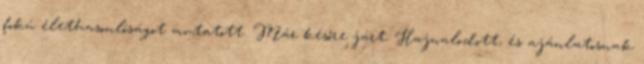
fokú élethasonlóságot mutatott. Már későre járt. Hajnalodott, és ajánlatosnak